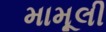
મામૂલી